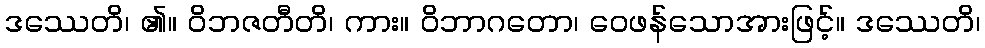
ဒဿေတိ၊ ၏။ ဝိဘဇတီတိ၊ ကား။ ဝိဘာဂတော၊ ဝေဖန်သောအားဖြင့်။ ဒဿေတိ၊